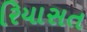
રિયાસત